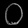
Digit: ၀